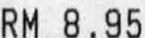
RM 8.95